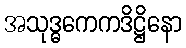
အသုဒ္ဓကေကဒိဋ္ဌိနော